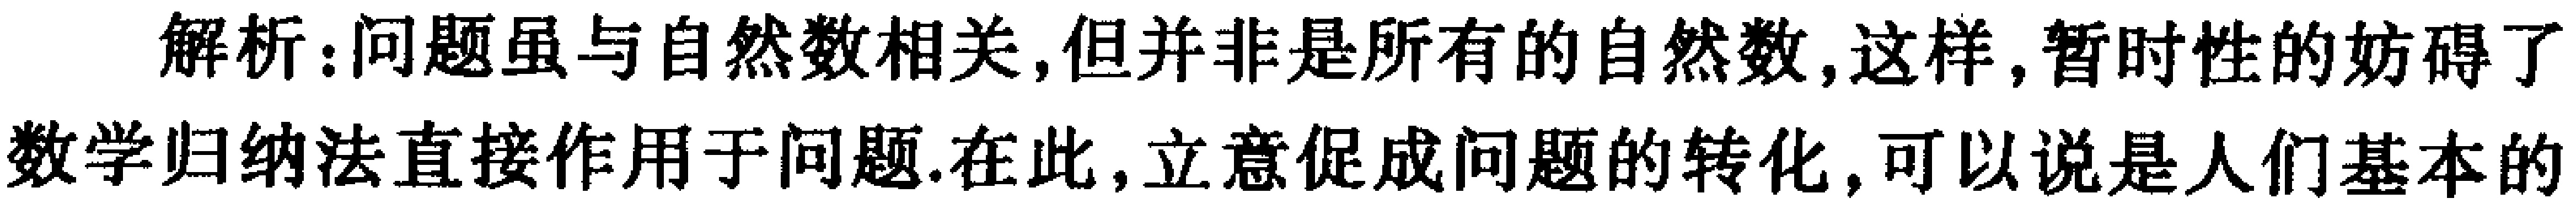
解析：问题虽与自然数相关,但并非是所有的自然数,这样,暂时性的妨碍了数学归纳法直接作用于问题.在此,立意促成问题的转化,可以说是人们基本的